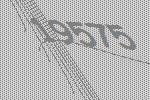
19575